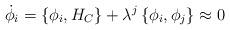
LaTeX: \begin{align*}\dot{\phi}_i=\left\{\phi_i,H_C\right\}+\lambda^{j}\left\{\phi_i,\phi_{j}\right\}\approx 0 \end{align*}